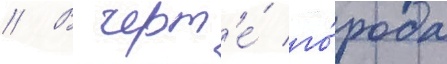
// В черт'е́ го́рода